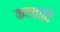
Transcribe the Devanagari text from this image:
कवचादि